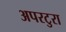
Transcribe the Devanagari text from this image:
अपरटुरा